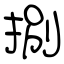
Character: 捌